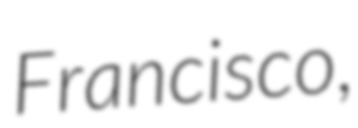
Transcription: Francisco,